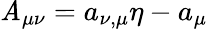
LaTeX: {\cal\mathit{A}}_{\mu\nu}={a}_{\nu,\mu}\eta-{a}_{\mu}